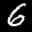
Label: 6